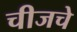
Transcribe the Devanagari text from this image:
चीजचे